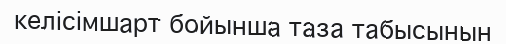
келісімшарт бойынша таза табысынын